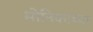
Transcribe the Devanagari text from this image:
मोनिकाच्या